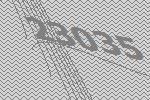
23035